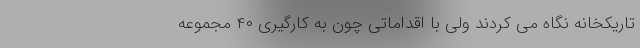
تاریکخانه نگاه می کردند ولی با اقداماتی چون به کارگیری ۴۰ مجموعه